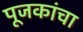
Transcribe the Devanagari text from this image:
पूजकांचा